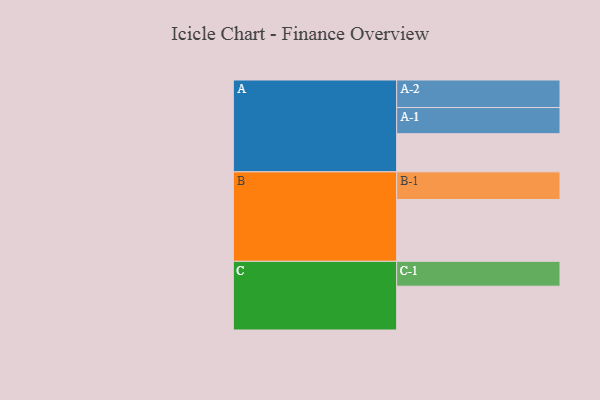
{"axis": {"x": "Segment", "y": "Value"}, "legend": ["", "A", "B", "C"], "data": [{"x": "A", "y": 316, "type": ""}, {"x": "B", "y": 512, "type": ""}, {"x": "C", "y": 363, "type": ""}, {"x": "A-1", "y": 217, "type": "A"}, {"x": "A-2", "y": 228, "type": "A"}, {"x": "B-1", "y": 229, "type": "B"}, {"x": "C-1", "y": 206, "type": "C"}]}